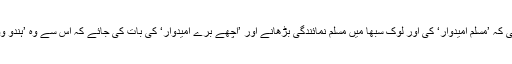
بی جے پی اور آر ایس ایس تو چاہے گی کہ ’مسلم امیدوار‘ کی اور لوک سبھا میں مسلم نمائندگی بڑھانے اور ’اچھے برے امیدوار‘ کی بات کی جائے کہ اس سے وہ ’ہندو ووٹروں‘ کو اپنی طرف کھینچ سکے گی۔